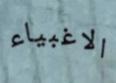
الاغبياء